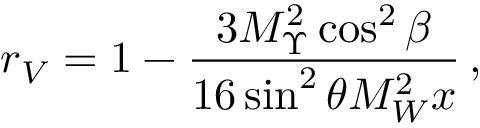
r _ { V } = 1 - \frac { 3 M _ { \Upsilon } ^ { 2 } \cos ^ { 2 } \beta } { 1 6 \sin ^ { 2 } \theta M _ { W } ^ { 2 } x } \, ,